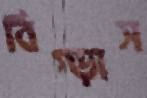
বিগ্‌ড়াস